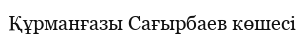
Құрманғазы Сағырбаев көшесі